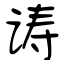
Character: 诪